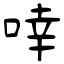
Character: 啈